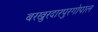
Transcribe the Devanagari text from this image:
बरखुरदारपुरगोपाल